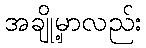
အချို့မှာလည်း